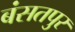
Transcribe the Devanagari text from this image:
बंसतपुर